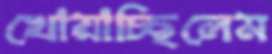
খোয়াচ্ছিলেম